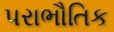
પરાભૌતિક